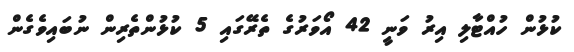
ކުޅުން ހުއްޓާލި އިރު ވަނީ 42 އޯވަރުގެ ތެރޭގައި 5 ކުޅުންތެރިން ނުބައިވެގެން